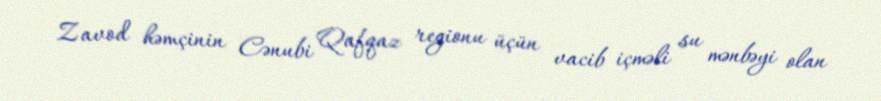
Zavod həmçinin Cənubi Qafqaz regionu üçün vacib içməli su mənbəyi olan